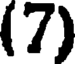
(7)